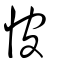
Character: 怶